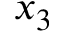
x _ { 3 }